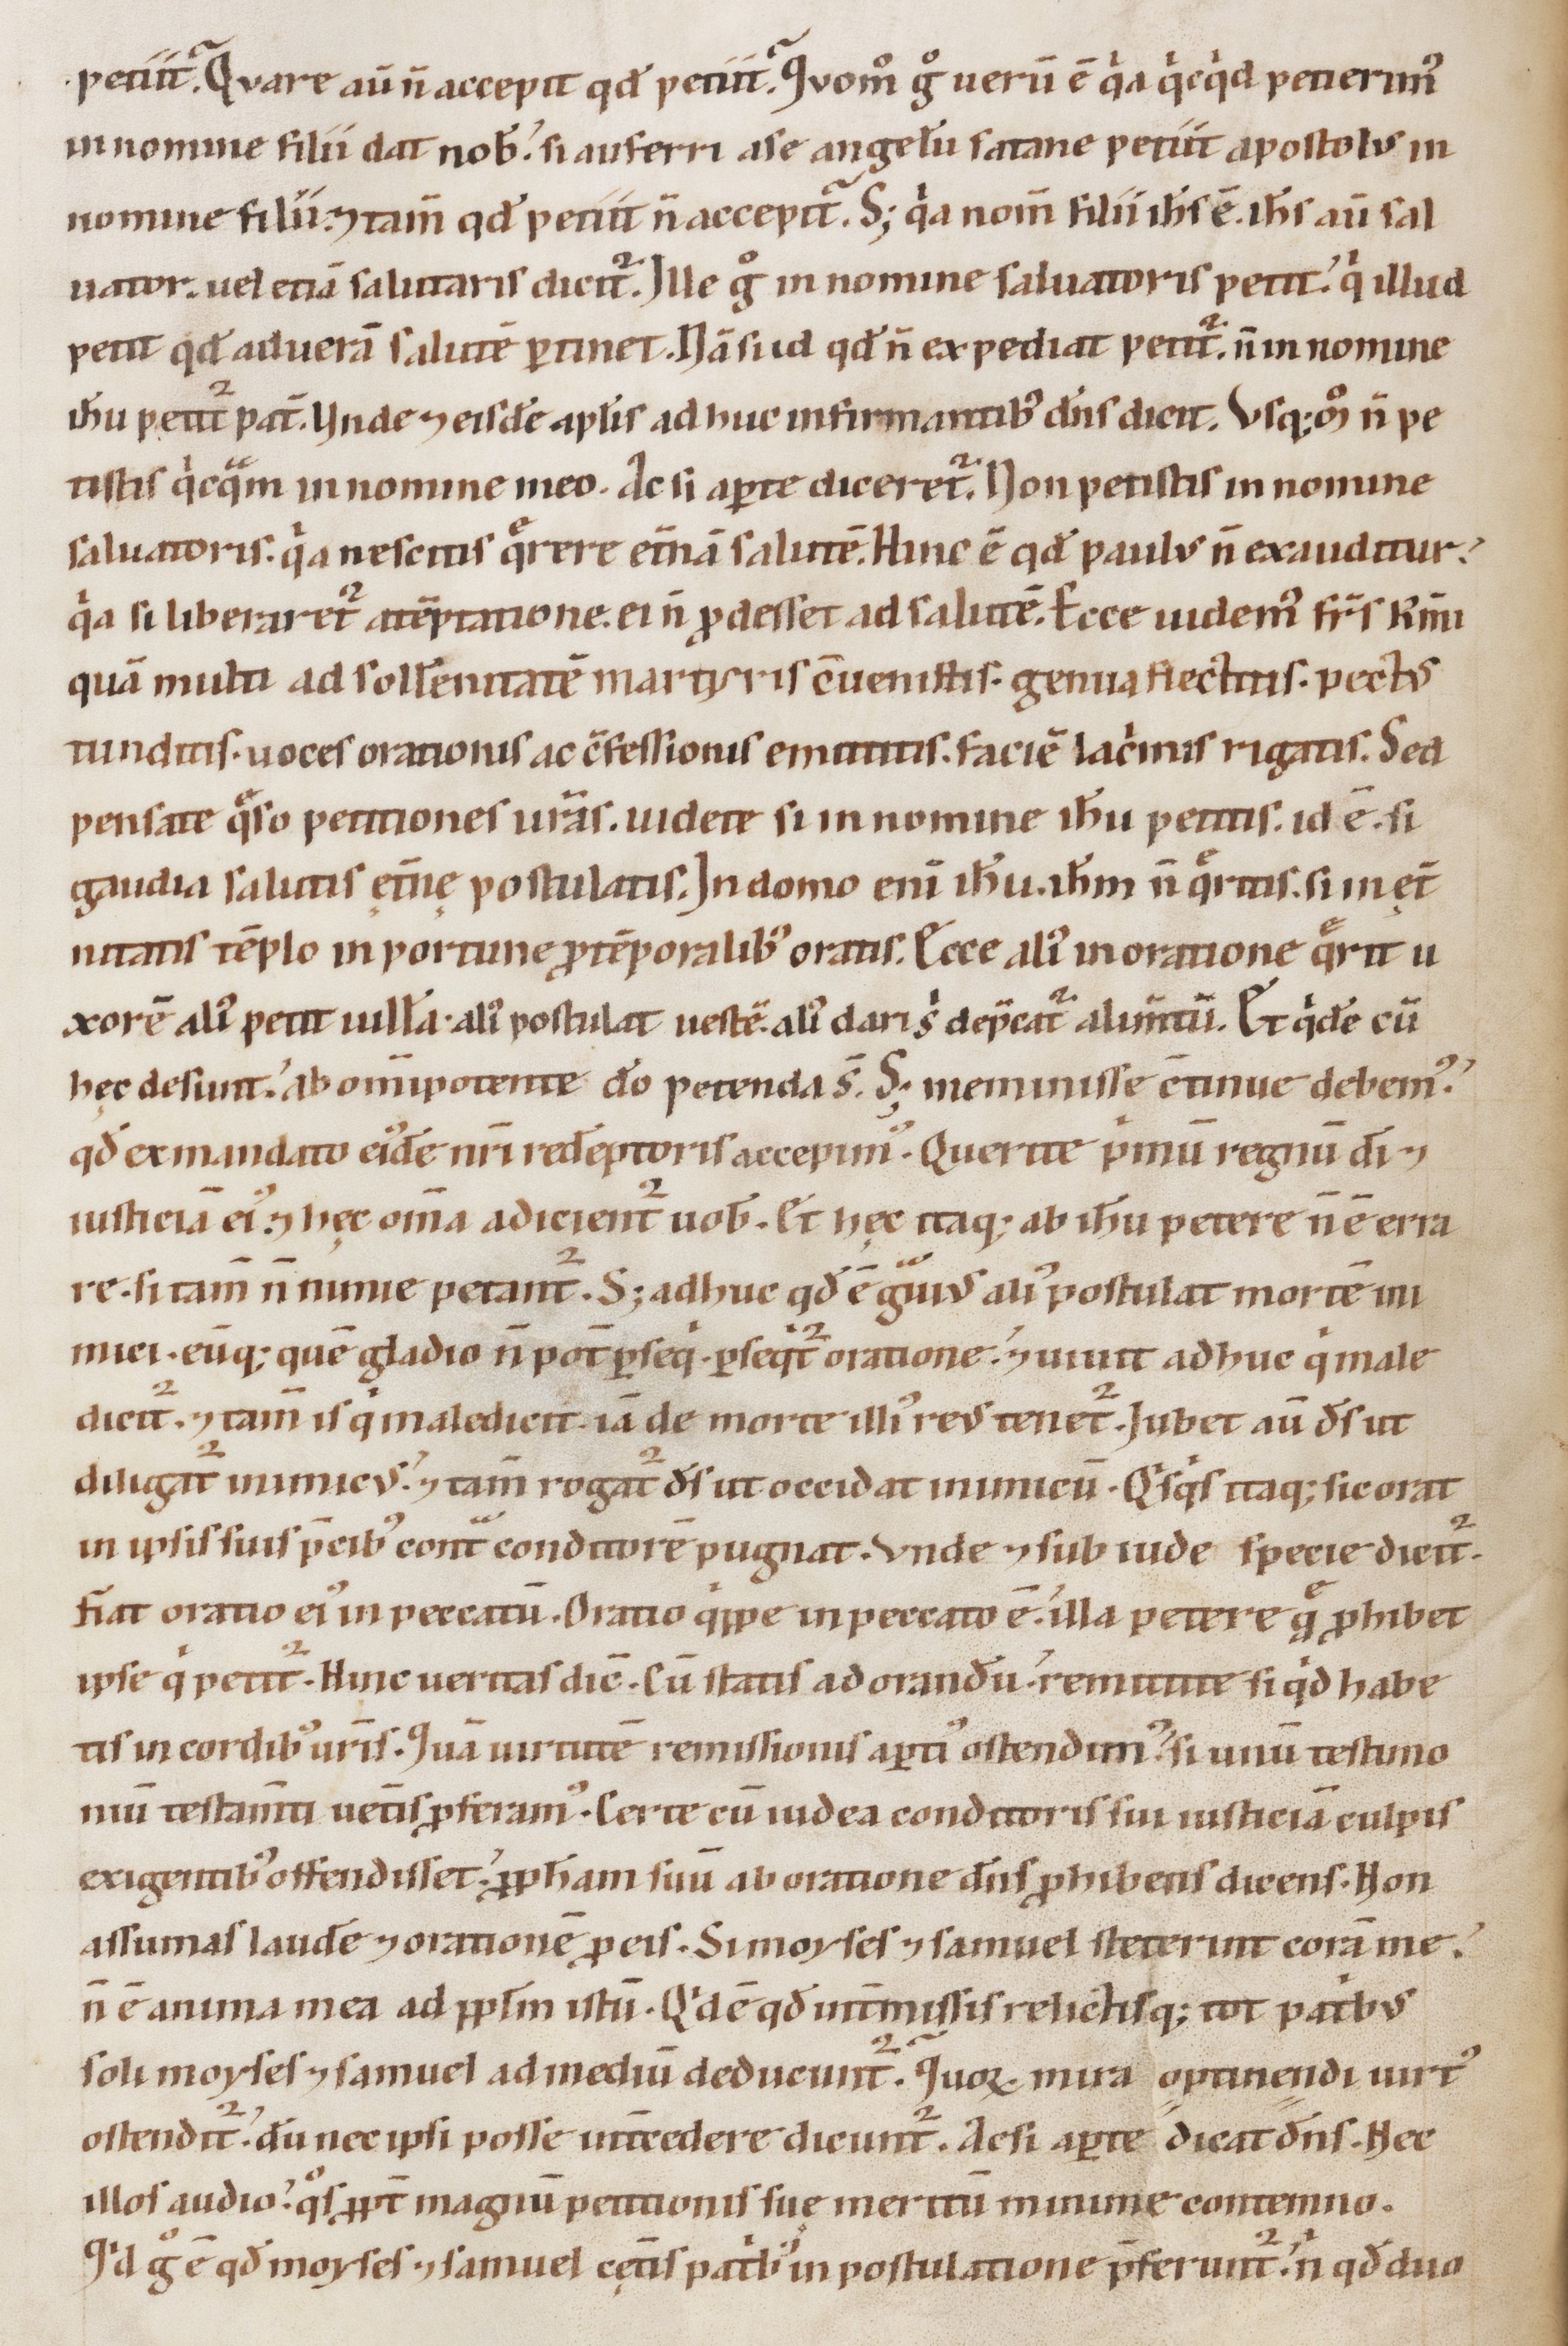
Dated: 1147–1178